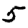
Digit: 5